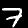
Label: 7